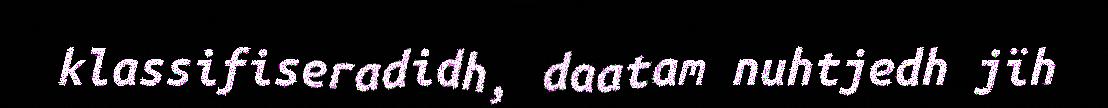
klassifiseradidh, daatam nuhtjedh jïh